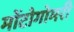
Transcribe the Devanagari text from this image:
मोंटोगोमरी